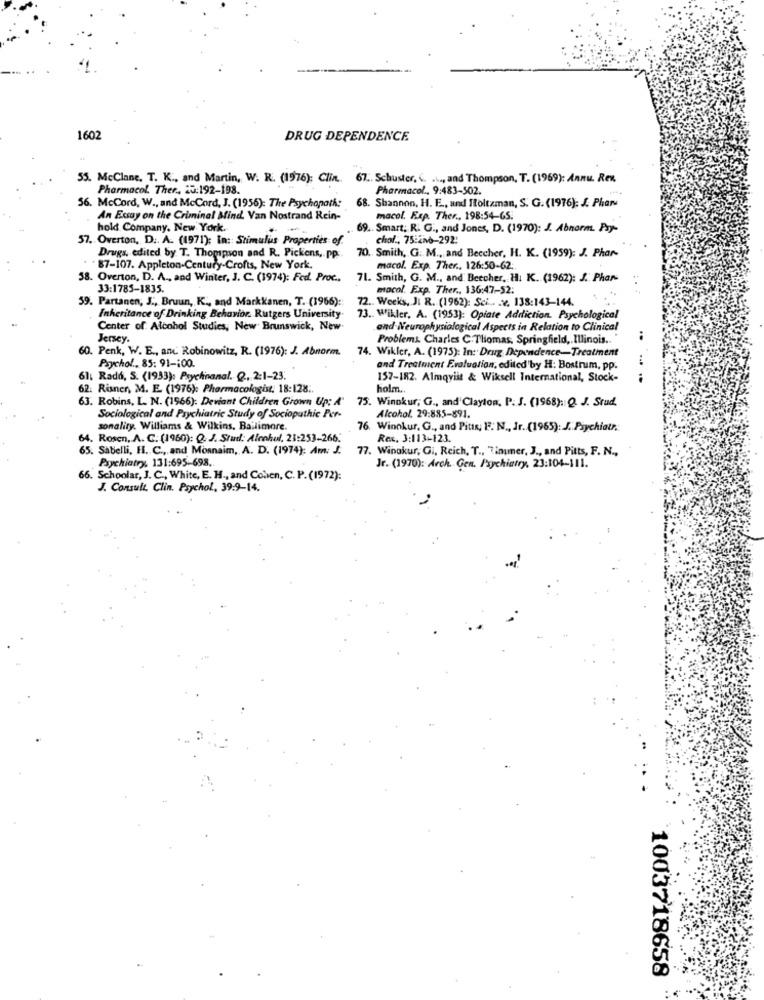
1602
DRUG DEPENDENCE.
55. McClane. T. K ., and Martin, W. R. (1976): Clin .. 67 .. Schuster, <. ...., and Thompson, T. (1969): Annu. Rex
Pharmacol Ther, 20:192-198.
Pharmacol ., 9:483-502.
56. McCord, W ., and McCord, J. (1956): The Psychopath:
68. Shannon, H. E ., and Toltaman, S. G. (1976): J. Phar
An Essay on the Criminal Mind. Van Nostrand Rein-
macol. Exp. Ther ., 198:54-65.
hold Company. New York.
.
69 .. Smart: R. G ., and Jones, D. (1970): J. Abnorm. Psy-
57. Overton, D .. A. (1971): In :: Stimulus Properties of.
chol ., 75:256-292:
Drugs, edited by T. Thopipson and R. Pickens, pp.
70. Smith, G. M ., and Beccher, H. K. (1959): J. Phar-
. 87-107. Appleton-Century-Crofts, New York,
macol. Exp. Ther ., 126:50-62.
58. Overton, D. A ., and Winter, J. C. (1974): Fed. Proc ..
71. Smith, G. M ., and Bercher, Hi K. (1962): J. Phar-
33:1785-1835.
macol. Exp. Ther ., 136:47-52:
59. Partanen, J ., Bruun, K ., and Markkanen, T. (1966):
72 .. Weeks, JI R. (1962): Sci .. . v. 138:143-144.
Inheritance of Drinking Behavior. Rutgers University
73. Willer, A. (1953): Opiate Addiction. Psychological
Center of Alcohol Studies, New Brunswick, New
and Neurophysiological Aspects in Relation to Clinical
Jersey.
Problems. Charles C.Thomas, Springfield, Illinois ..
..
60. Penk, W. E ., and Robinowitz, R. (1976): J. Abnorm.
74. Wikler, A. (1975): In: Drug Dependence-Treatment
...
Psychol ., 85: 91 -: 00.
and Treatment Evaluation, edited'by H: Bostrum, pp.
61, Radó, S. (1933): Psychinanal. Q. 2:1-23.
157-182. Almqvist & Wiksell International, Stock-
62. Risner, M. E. (1976): Pharmacologist, 18:128.
holm ..
63. Robins, L. N. (1966). Deviant Children Grown Up: A' 75. Winnkur; G ., and'Clayton, P. J. (1968): Q. J. Srud.
Sociological and Psychiatric Study of Sociopathic Per-
Alcohol, 29:885-891.
sonality. Williams & Wilkins. Baltimore.
76. Winnkur, G ., and Pitts, F. N ., Jr. (1965): J. Piychiatr.
64. Rosen, A. C. (1960): Q. J. Stund: Alcohol. 23:253-266:
Rec. 3:113-123.
65. Sabelli, H. C ., and Mosnaim, A. D. (1974): Am: J.
77. Winokur, Gi, Reich, T ., Tinummer, J ., and Pitts, F. N .,
Psychiatry, 131:695-698.
Jr. (1970): Arch. Gen. Psychiatry, 23:104-111.
66. Schoolar, J. C ., White, E. H ., and Cohen, C. P. (1972):
J. Consult. Clin. Psychol, 39:9-14.
1003718658